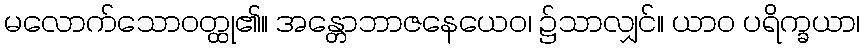
မလောက်သောဝတ္ထု၏။ အန္တောဘာဇနေယေဝ၊ ၌သာလျှင်။ ယာဝ ပရိက္ခယာ၊